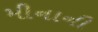
મીનાની